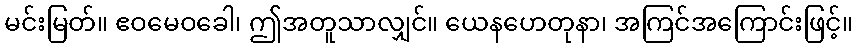
မင်းမြတ်။ ဧဝမေဝခေါ၊ ဤအတူသာလျှင်။ ယေနဟေတုနာ၊ အကြင်အကြောင်းဖြင့်။